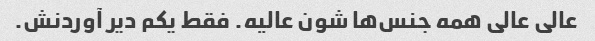
عالی عالی همه جنس‌ها شون عالیه. فقط یکم دیر آوردنش.